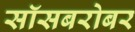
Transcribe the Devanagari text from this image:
सॉसबरोबर